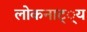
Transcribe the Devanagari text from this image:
लोकनाट््य